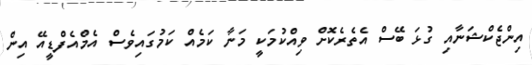
އިންޖެކްޝަނާއި ގުޅަ ބޭސް އެތެރެކޮށް ވިއްކުމަކީ މަނާ ކަމެއް ކަމުގައިވެސް އެމްއެފްޑީއޭ އިން